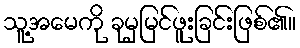
သူ့အမေကို ခုမှမြင်ဖူးခြင်းဖြစ်၏။